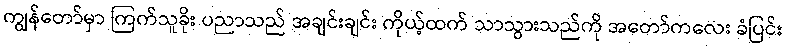
ကျွန်တော်မှာ ကြက်သူခိုး ပညာသည် အချင်းချင်း ကိုယ့်ထက် သာသွားသည်ကို အတော်ကလေး ခံပြင်း